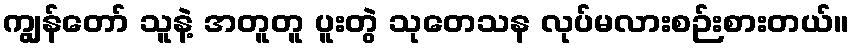
ကျွန်တော် သူနဲ့ အတူတူ ပူးတွဲ သုတေသန လုပ်မလားစဉ်းစားတယ်။